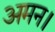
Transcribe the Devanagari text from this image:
अमन।